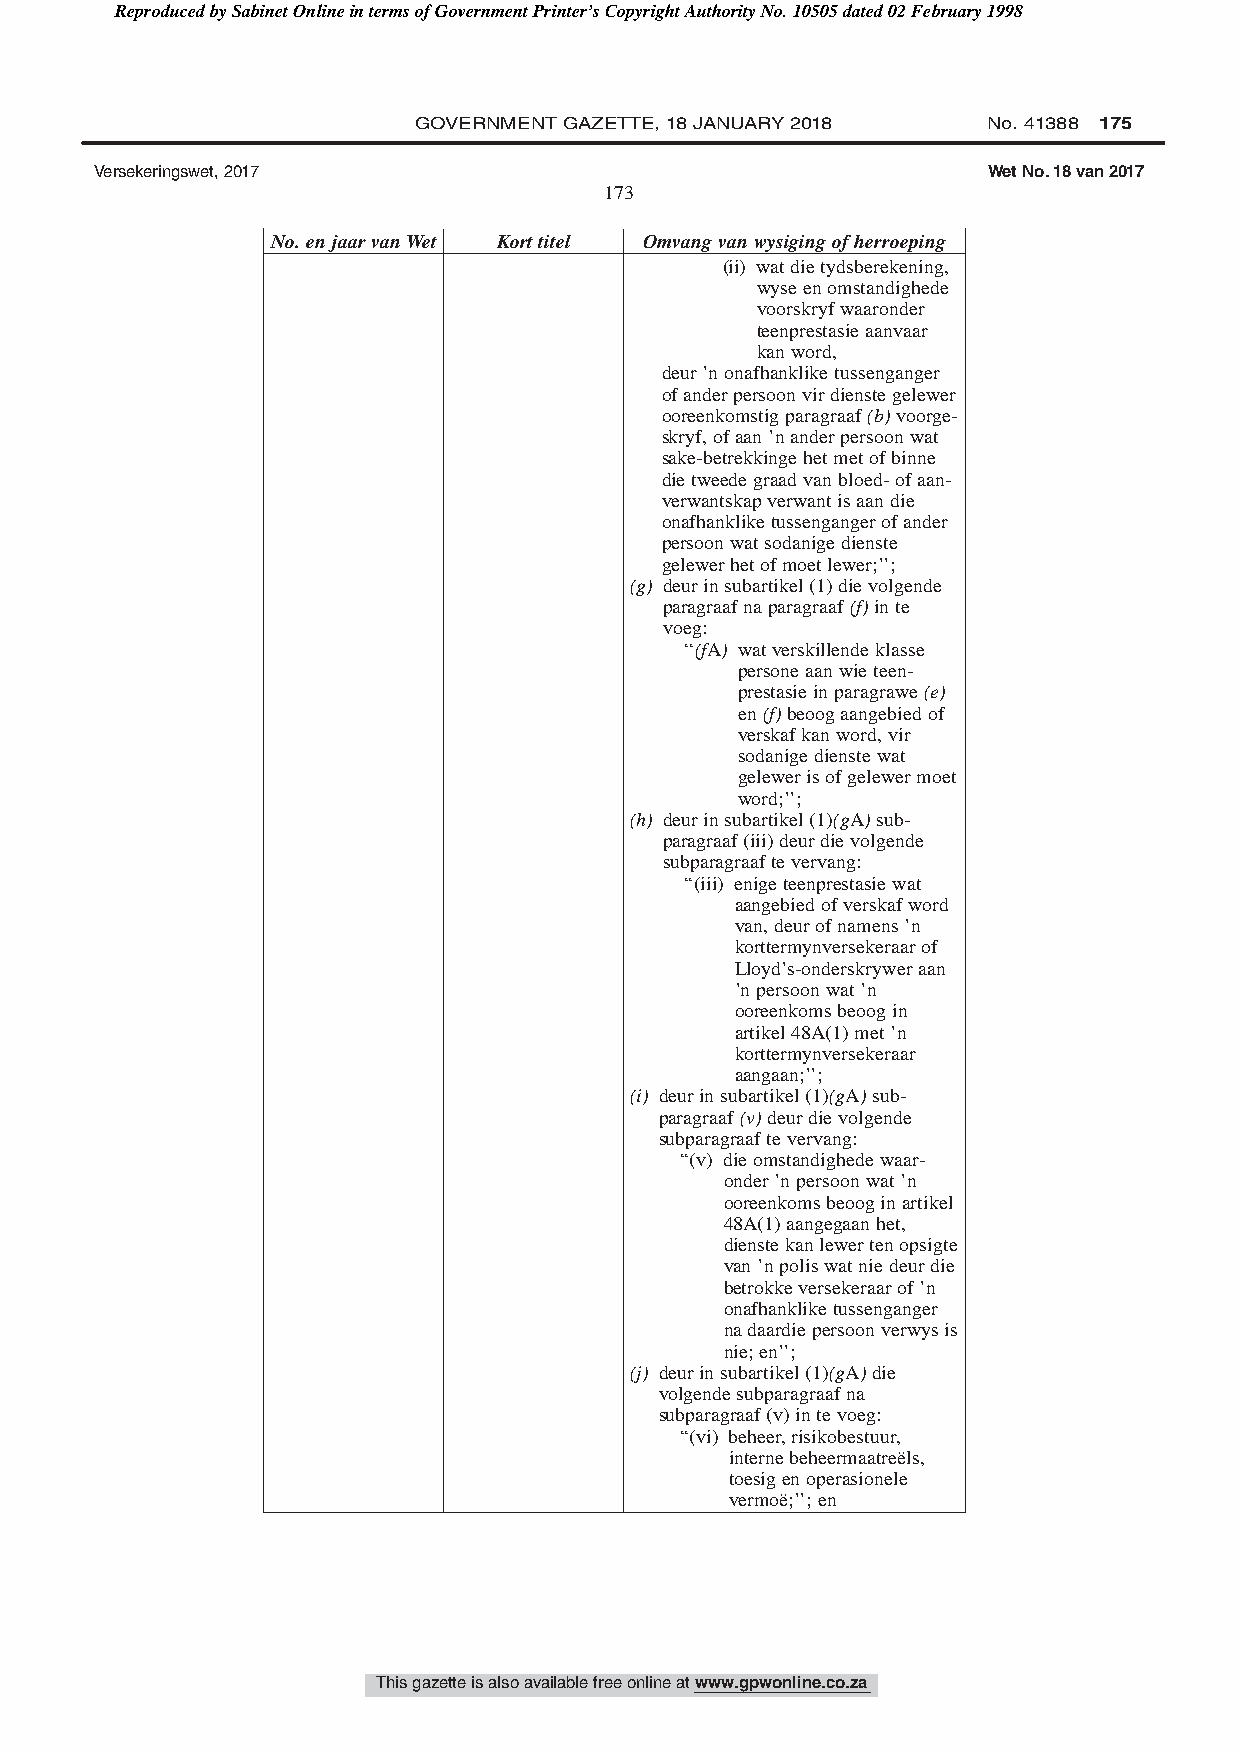
Reproduced by Sabinet Online in terms of Government Printer’s Copyright Authority No. 10505 dated 02 February 1998
 GOVERNMENT GAZETTE, 18 JANUARY 2018   No. 41388 175
 Versekeringswet, 2017                                      Wet No. 18 van 2017
 173
 No.enjaarvanWet Korttitel Omvangvanwysigingofherroeping
 (ii) watdietydsberekening,
 wyseenomstandighede
 voorskryfwaaronder
 teenprestasieaanvaar
 kanword,
 deur’nonafhankliketussenganger
 ofanderpersoonvirdienstegelewer
 ooreenkomstigparagraaf(b)voorge-
 skryf,ofaan’nanderpersoonwat
 sake-betrekkingehetmetofbinne
 dietweedegraadvanbloed-ofaan-
 verwantskapverwantisaandie
 onafhankliketussengangerofander
 persoonwatsodanigedienste
 gelewerhetofmoetlewer;’’;
 (g) deurinsubartikel(1)dievolgende
 paragraafnaparagraaf(f)inte
 voeg:
 ‘‘(fA) watverskillendeklasse
 personeaanwieteen-
 prestasieinparagrawe(e)
 en(f)beoogaangebiedof
 verskafkanword,vir
 sodanigedienstewat
 gelewerisofgelewermoet
 word;’’;
 (h) deurinsubartikel(1)(gA)sub-
 paragraaf(iii)deurdievolgende
 subparagraaftevervang:
 ‘‘(iii) enigeteenprestasiewat
 aangebiedofverskafword
 van,deurofnamens’n
 korttermynversekeraarof
 Lloyd’s-onderskryweraan
 ’npersoonwat’n
 ooreenkomsbeoogin
 artikel48A(1)met’n
 korttermynversekeraar
 aangaan;’’;
 (i) deurinsubartikel(1)(gA)sub-
 paragraaf(v)deurdievolgende
 subparagraaftevervang:
 ‘‘(v) dieomstandighedewaar-
 onder’npersoonwat’n
 ooreenkomsbeooginartikel
 48A(1)aangegaanhet,
 dienstekanlewertenopsigte
 van’npoliswatniedeurdie
 betrokkeversekeraarof’n
 onafhankliketussenganger
 nadaardiepersoonverwysis
 nie;en’’;
 (j) deurinsubartikel(1)(gA)die
 volgendesubparagraafna
 subparagraaf(v)intevoeg:
 ‘‘(vi) beheer,risikobestuur,
 internebeheermaatreëls,
 toesigenoperasionele
 vermoë;’’;en
 This gazette is also available free online at www.gpwonline.co.za